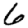
Digit: 6